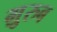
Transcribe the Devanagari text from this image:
ग़़ुरुब